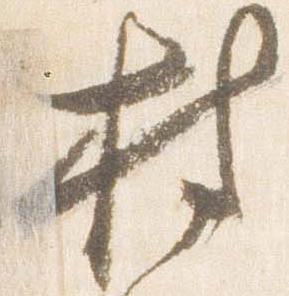
持